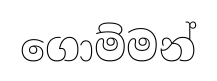
ගොම්මන්